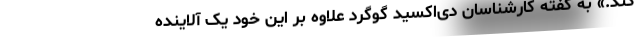
کند.» به گفته کارشناسان دی‌اکسید گوگرد علاوه بر این خود یک آلاینده